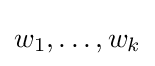
w_{1},\dots ,w_{k}